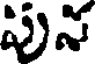
పున